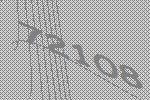
72108